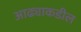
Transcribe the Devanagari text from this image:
आढ्याकडील